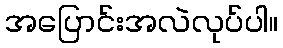
အပြောင်းအလဲလုပ်ပါ။